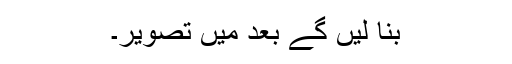
بنا لیں گے بعد میں تصویر۔